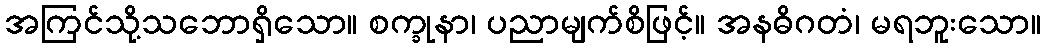
အကြင်သို့သဘောရှိသော။ စက္ခုနာ၊ ပညာမျက်စိဖြင့်။ အနဓိဂတံ၊ မရဘူးသော။